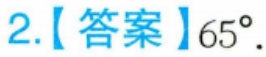
2.【答案】\(65^{\circ}\).